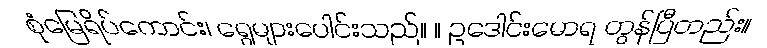
စုံမြေရိပ်ကောင်း၊ ရွေများပေါင်းသည်။ ။ ဥဒေါင်းမောရ တွန်ပြီတည်း။